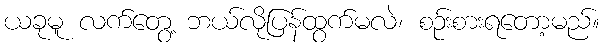
ယခုမူ လက်တွေ့ ဘယ်လိုပြန်ထွက်မလဲ၊ စဉ်းစားရတော့မည်။